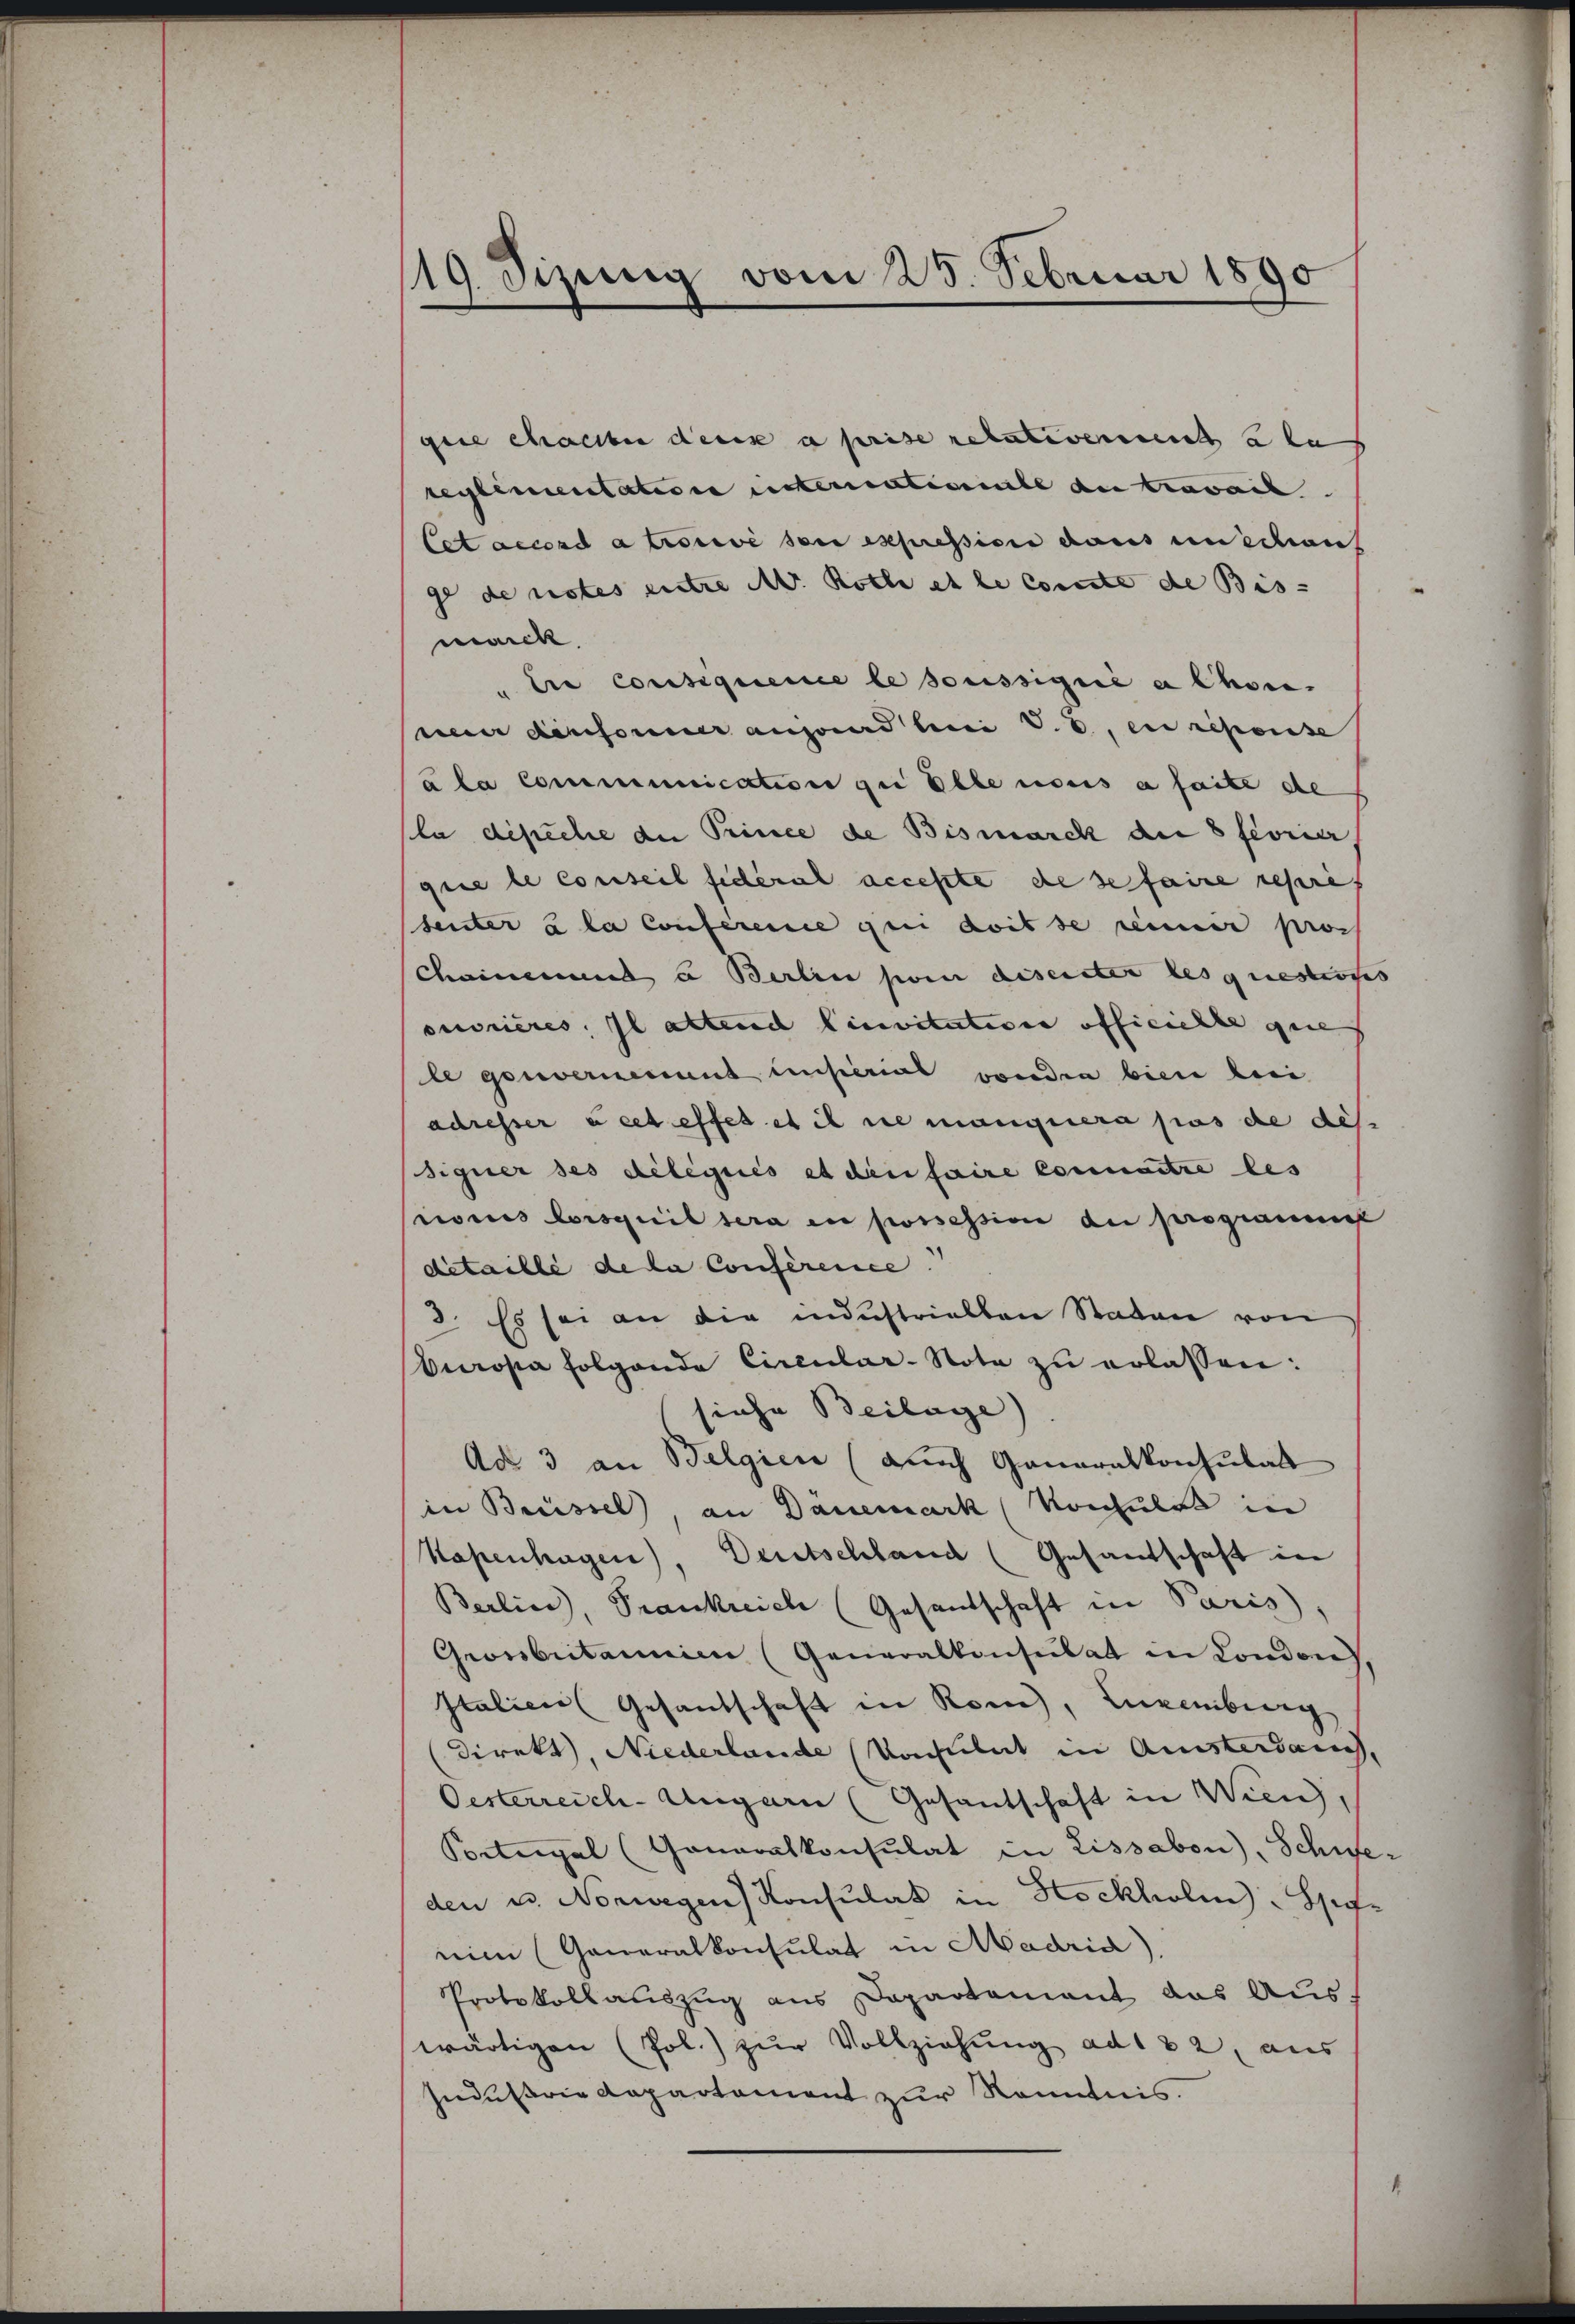
/19. Sizung vom 25. Februar 1890

geie chassten denn a prise relativementa zu
reglementation internatiale au travail.
Cet accord atrorii sei expression dans unsection
ge de rotes entre M. Roth et le conte de Bis-
marck.
" die Consequence le soussigné a Chon.
neur desformer ausend bei V. B., en repense
à la Communication zu Elbe nonis a faite de
la désiche die Prince de Bismarck der ferner
que le conseil fidéral accepte de se faire représ
senter u la Conference qui doit de reiner prost
Chainemand u Berlin sei diserster lesquestirtes
onorieres, il altend linvitation officielle que
le gouvernennt unserial von den bien beei
adresser à cet effet et il nie manquera pas de des
siquer des délégués et den faire connaitre les
Pionis lorsquil sera en possession de program
ditaille de la Conference.
3. Es sei an die industriellen Staden von
Europa folgende Circular-Note zŭ erlassen:
siehe Beilage)
Ad 3 an Belgien (auch Generalkonsulat
in Brüssel, an Dänemark (Vonhule in
Kopenhagen), Deutschland (Gesandschaft in
Berline, Prankreich (Gesandschaft in Paris,
Grossbritanien (Generalkonsulat in London,
Italien (Gesandschaft in Rom, Euremberg
direkt, Niederlande Konsulat in Ansterdauch,
Oesterreich-Ungarn (Gesantschaft in Wien,
Petergal (Generalkonsulat in Lissabon), Schweden u. Norwegen Konsulat in Stockholen. Spinim (Generalkonsulat in Madrid)
Protokollauszug aus Departamant das Auswärtigen (Pol.) zur Vollziehung ad 182, aus
Industrie Repartement zur Kenntnis.